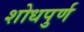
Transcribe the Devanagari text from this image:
शोधपुर्ण